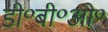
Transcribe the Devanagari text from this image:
डी॰बी॰ओ॰